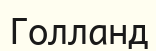
Голланд